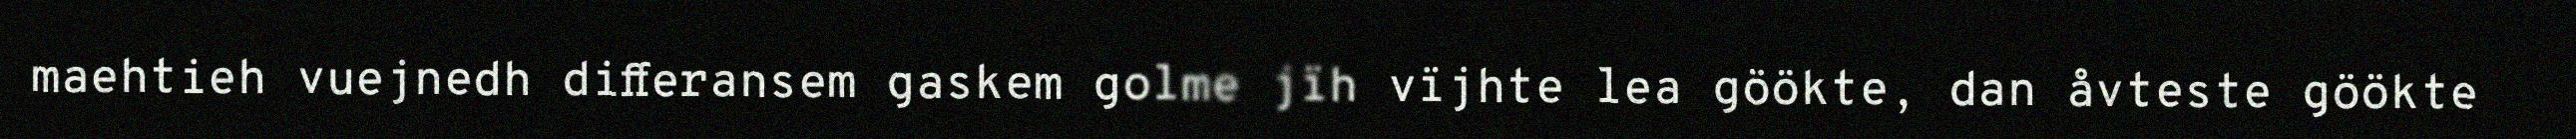
maehtieh vuejnedh differansem gaskem golme jïh vïjhte lea göökte, dan åvteste göökte